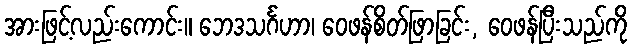
အားဖြင့်လည်းကောင်း။ ဘေဒသင်္ဂဟာ၊ ဝေဖန်စိတ်ဖြာခြင်း, ဝေဖန်ပြီးသည်ကို